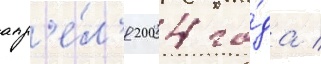
апр'е́л'я 2004 го́да /